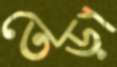
তেড়া